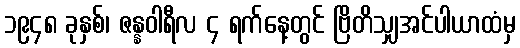
၁၉၄၈ ခုနှစ်၊ ဇန္နဝါရီလ ၄ ရက်နေ့တွင် ဗြိတိသျှအင်ပါယာထံမှ